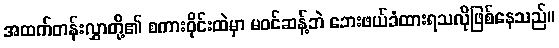
အထက်တန်းလွှာတို့၏ စကားဝိုင်းထဲမှာ မဝင်ဆန့်ဘဲ ဘေးဖယ်ခံထားရသလိုဖြစ်နေသည်။